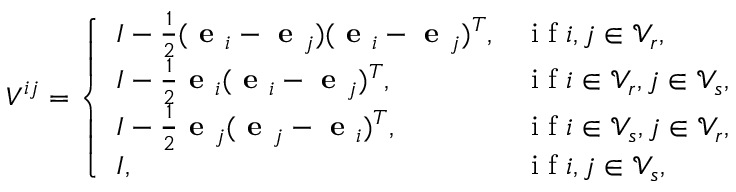
V ^ { i j } = \left\{ \begin{array} { l l } { I - \frac 1 2 ( \textbf { e } _ { i } - \textbf { e } _ { j } ) ( \textbf { e } _ { i } - \textbf { e } _ { j } ) ^ { T } , } & { \mathrm { ~ i ~ f ~ } i , j \in \mathcal { V } _ { r } , } \\ { I - \frac 1 2 \textbf { e } _ { i } ( \textbf { e } _ { i } - \textbf { e } _ { j } ) ^ { T } , } & { \mathrm { ~ i ~ f ~ } i \in \mathcal { V } _ { r } , j \in \mathcal { V } _ { s } , } \\ { I - \frac 1 2 \textbf { e } _ { j } ( \textbf { e } _ { j } - \textbf { e } _ { i } ) ^ { T } , } & { \mathrm { ~ i ~ f ~ } i \in \mathcal { V } _ { s } , j \in \mathcal { V } _ { r } , } \\ { I , } & { \mathrm { ~ i ~ f ~ } i , j \in \mathcal { V } _ { s } , } \end{array} \right.